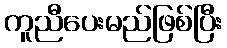
ကူညီပေးမည်ဖြစ်ပြီး